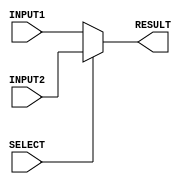
/*
Author - W M D U Thilakarathna
Reg No - E/16/366
*/

module mux2to1_32bit(INPUT1, INPUT2, RESULT, SELECT);
    input [31:0] INPUT1, INPUT2; //declare inputs of the module
    input SELECT;               //declare inputs
    output reg [31:0] RESULT;    //declare outputs

    always @(*)
    begin
      if (SELECT == 1'b0)  //selecting according to the select signal
            RESULT = INPUT1;
      else 
            RESULT = INPUT2;
    end

endmodule